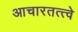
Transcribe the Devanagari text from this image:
आचारतत्त्वे